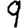
Digit: 9